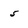
Character: 5